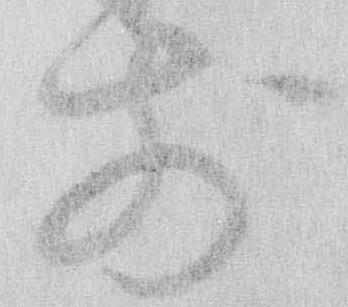
前